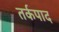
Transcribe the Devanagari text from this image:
तर्कपाद